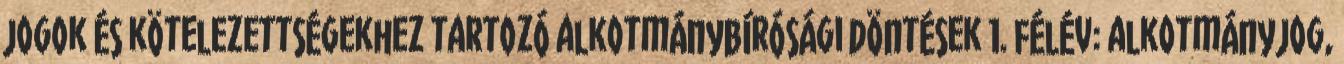
jogok és kötelezettségekhez tartozó alkotmánybírósági döntések 1. félév: alkotmányjog,